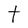
Character: t